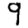
Digit: 9